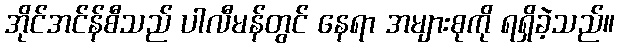
အိုင်အင်န်စီသည် ပါလီမန်တွင် နေရာ အများစုကို ရရှိခဲ့သည်။